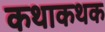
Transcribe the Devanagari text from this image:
कथाकथक